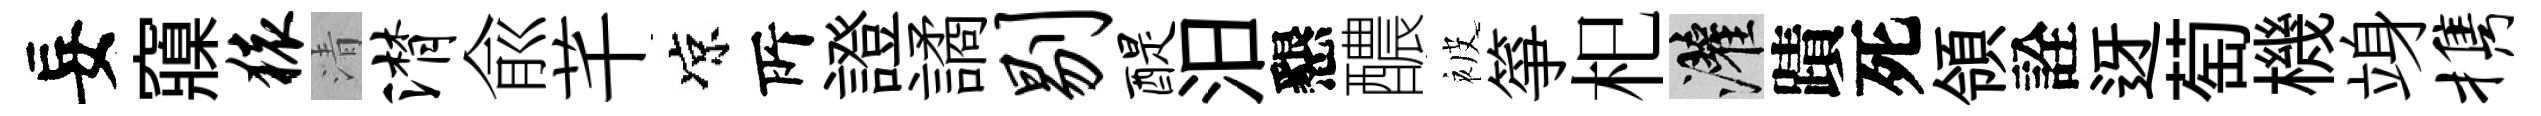
妄䆿猿清潸兪芊凉𠩄證譎剔醍汨懇醲被箏𣏌灌蹟死領詮迓萄機竧携